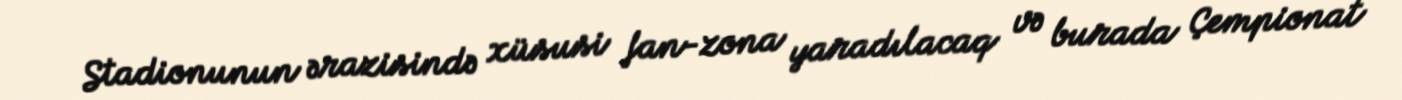
Stadionunun ərazisində xüsusi fan-zona yaradılacaq və burada Çempionat